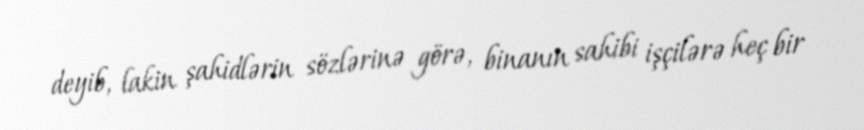
deyib, lakin şahidlərin sözlərinə görə, binanın sahibi işçilərə heç bir